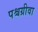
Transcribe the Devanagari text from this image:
पश्चग्रीवा